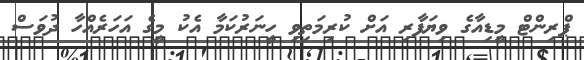
ޕްރިންޓް މީޑިއާގެ ވިޔަފާރި އަށް ކުރިމަތިވި ހީނަރުކަމާ އެކު މީގެ އަހަރެއްހާ ދުވަސް